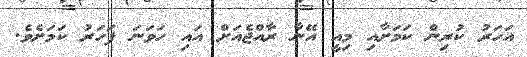
އަހަރު ކުރިން ކަމަށާއި މިއީ އޭނާ ރާއްޖެއަށް އައި ހަވަނަ ފަހަރު ކަމަށެވެ.